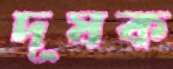
দূষক